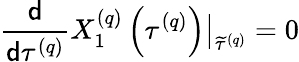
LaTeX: \frac{\mathsf{d}}{\mathsf{d}\tau^{\left(q\right)}}X_{1}^{\left(q\right)}\left(\tau^{\left(q\right)}\right)\big\vert_{\widetilde{\tau}^{\left(q\right)}}=0